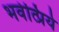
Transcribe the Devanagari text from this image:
भवेत्प्रिये